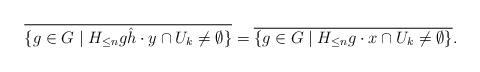
LaTeX: \begin{align*}\overline{\{g \in G \mid H_{\le n}g\hat{h} \cdot y \cap U_k \neq \emptyset\}} =\overline{\{g \in G \mid H_{\le n}g \cdot x \cap U_k \neq \emptyset\}}. \end{align*}